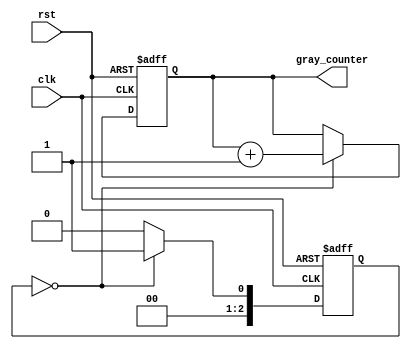
module gray_counter_clock_divider (
    input wire clk,
    input wire rst,
    output wire [3:0] gray_counter
);

reg [3:0] gray_counter_reg;
reg [2:0] state;

always @(posedge clk or posedge rst) begin
    if (rst) begin
        gray_counter_reg <= 4'b0000;
        state <= 3'b000;
    end else begin
        case (state)
            3'b000: begin // State to increment counter
                gray_counter_reg <= gray_counter_reg + 4'b0001;
                state <= 3'b001;
            end
            3'b001: begin // State for synchronization
                // Add synchronization logic here
                state <= 3'b000;
            end
            default: begin
                state <= 3'b000;
            end
        endcase
    end
end

assign gray_counter = gray_counter_reg;

endmodule